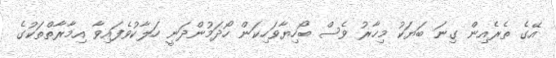
އޭގެ ތެރެއިން ގިނަ ބަޔަކު މިހާރު ވެސް ބޯހިޔާވަހިކަން ހޯދަމުންދަނީ ހަލާކުވެފައިވާ އިމާރާތްތަކުގެ